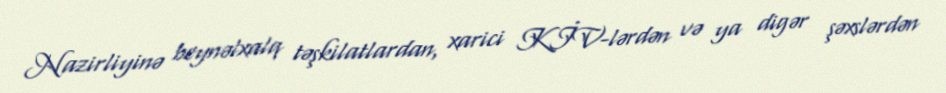
Nazirliyinə beynəlxalq təşkilatlardan, xarici KİV-lərdən və ya digər şəxslərdən